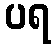
ပရ